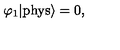
\varphi _ { 1 } | \mathrm { p h y s } \rangle = 0 ,